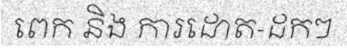
ពេក និង ការដោត-ដកៗ